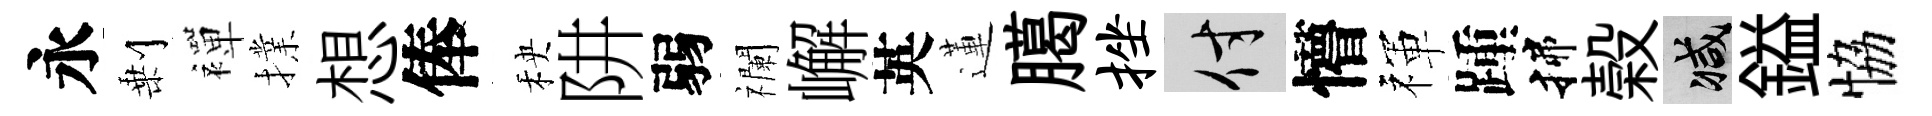
永剰襌擈想俸秧阱弱襴嶰英蓮臈挫付懵禈踵揲榖减鎰恊